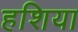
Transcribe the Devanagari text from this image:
हशिया